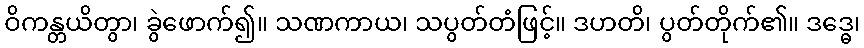
ဝိကန္တယိတွာ၊ ခွဲဖောက်၍။ သဏကာယ၊ သပွတ်တံဖြင့်။ ဒဟတိ၊ ပွတ်တိုက်၏။ ဒဒ္ဓေ၊